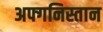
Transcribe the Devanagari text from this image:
अफ्गनिस्तान